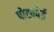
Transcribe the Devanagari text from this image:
पोह्न्पेई